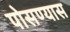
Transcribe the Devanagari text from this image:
पोसण्यास